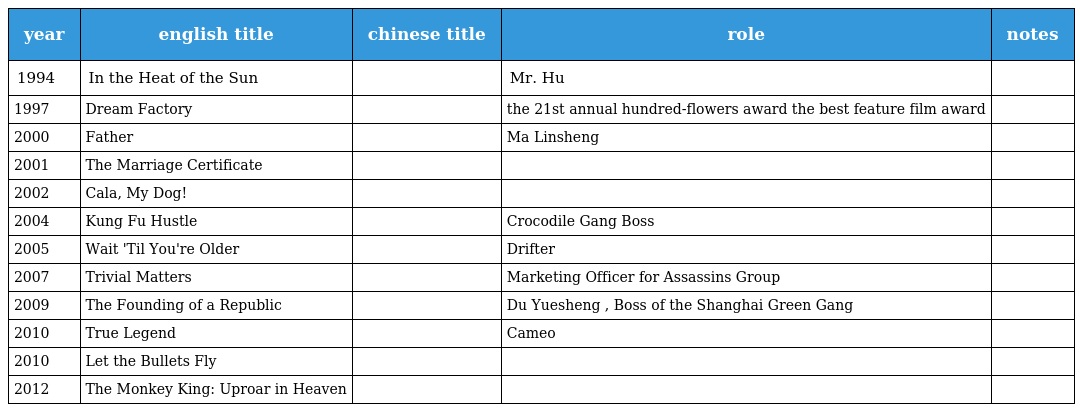
| year | english title | chinese title | role | notes |
 | --- | --- | --- | --- | --- |
 | 1994 | In the Heat of the Sun | 阳光灿烂的日子 | Mr. Hu |  |
 | 1997 | Dream Factory | 甲方乙方 | the 21st annual hundred-flowers award the best feature film award |  |
 | 2000 | Father | 爸爸 | Ma Linsheng |  |
 | 2001 | The Marriage Certificate | 谁说我不在乎 |  |  |
 | 2002 | Cala, My Dog! | 卡拉是条狗 |  |  |
 | 2004 | Kung Fu Hustle | 功夫 | Crocodile Gang Boss |  |
 | 2005 | Wait 'Til You're Older | 童梦奇缘 | Drifter |  |
 | 2007 | Trivial Matters | 破事儿 | Marketing Officer for Assassins Group |  |
 | 2009 | The Founding of a Republic | 建国大业 | Du Yuesheng , Boss of the Shanghai Green Gang |  |
 | 2010 | True Legend | 苏乞儿 | Cameo |  |
 | 2010 | Let the Bullets Fly | 让子弹飞 | 师爷 |  |
 | 2012 | The Monkey King: Uproar in Heaven |  |  |  |